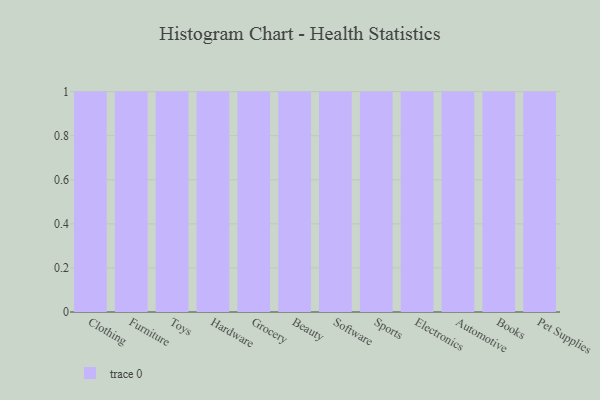
{"axis": {"x": "Category", "y": "Temperature (°C)"}, "legend": [""], "data": [{"x": "Clothing", "y": 67, "type": ""}, {"x": "Furniture", "y": 25, "type": ""}, {"x": "Toys", "y": 20, "type": ""}, {"x": "Hardware", "y": 92, "type": ""}, {"x": "Grocery", "y": 84, "type": ""}, {"x": "Beauty", "y": 93, "type": ""}, {"x": "Software", "y": 15, "type": ""}, {"x": "Sports", "y": 19, "type": ""}, {"x": "Electronics", "y": 59, "type": ""}, {"x": "Automotive", "y": 70, "type": ""}, {"x": "Books", "y": 89, "type": ""}, {"x": "Pet Supplies", "y": 30, "type": ""}]}